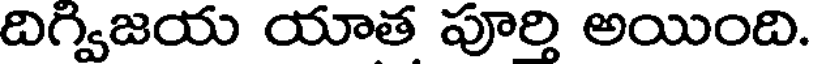
దిగ్విజయ యాత పూర్తి అయింది.